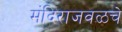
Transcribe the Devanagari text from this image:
मंदिराजवळचे